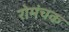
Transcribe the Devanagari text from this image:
रोमंचक